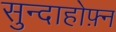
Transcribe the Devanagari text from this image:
सुन्दाहोफ़्न